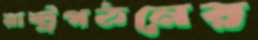
রাষ্ট্রগঠনের